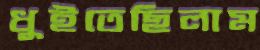
ধুইতেছিলাম